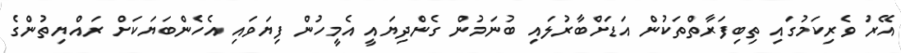
އޭރު ވެރިކަމުގައި ތިބިފަރާތްތަކުން އަޑަށްބާރުލައި ބުނަމުން ގެންދިޔައީ އެމީހުން ފިޔަވައި އެހެންބަޔަކަށް ރައްޔިތުންގެ